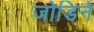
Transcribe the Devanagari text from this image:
जोडिने